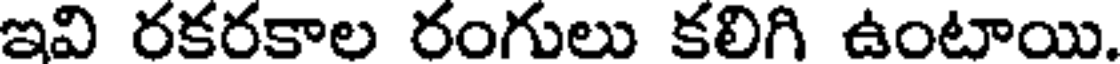
ఇవి రకరకాల రంగులు కలిగి ఉంటాయి.